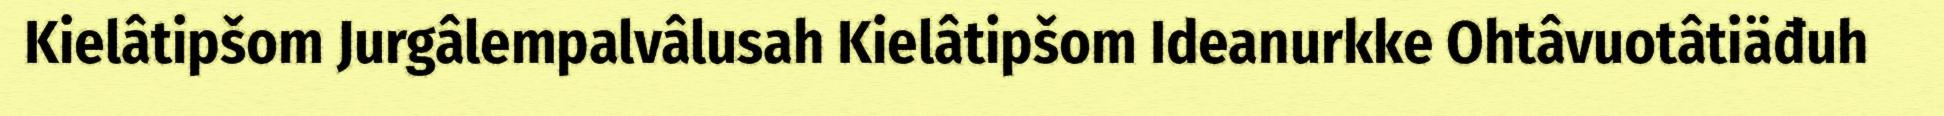
Kielâtipšom Jurgâlempalvâlusah Kielâtipšom Ideanurkke Ohtâvuotâtiäđuh